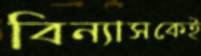
বিন্যাসকেই